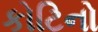
કોટિનો